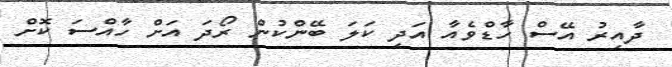
ދާއިރު އޭސް ހާޑްވެއާ އަދި ކަލަ ބޭންކުން ރޯދަ އަށް ހާއްސަ ކޮށް